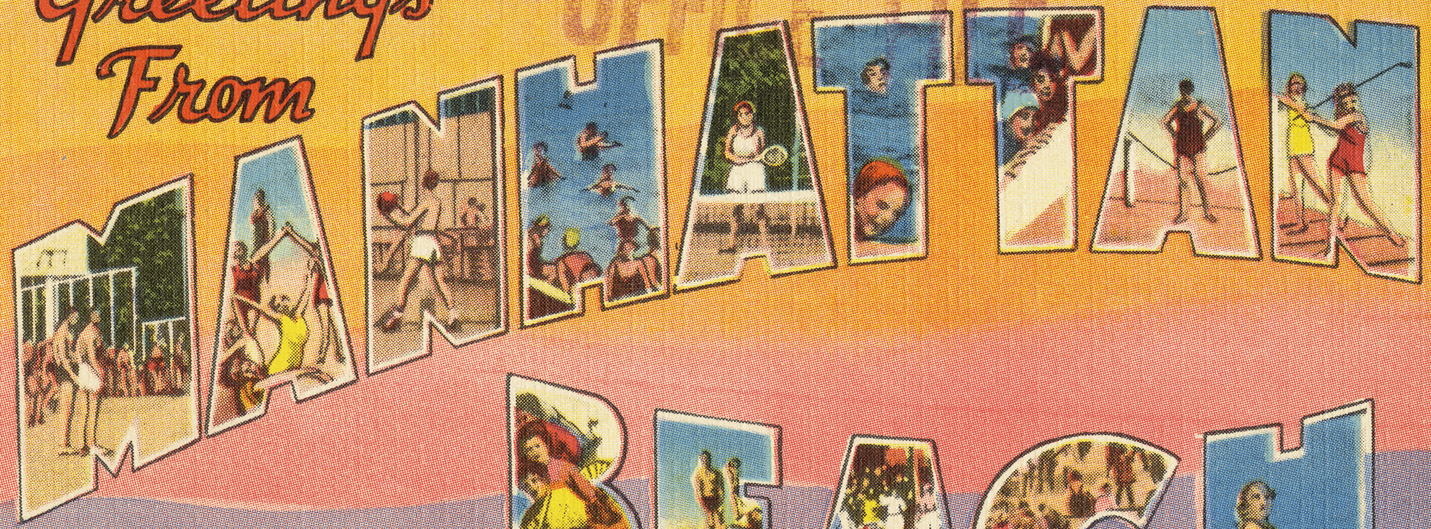
MANHATTAN